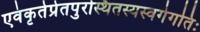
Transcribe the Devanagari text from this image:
एवंकृतेप्रेतपुरस्थितस्यस्वर्गेगतिः